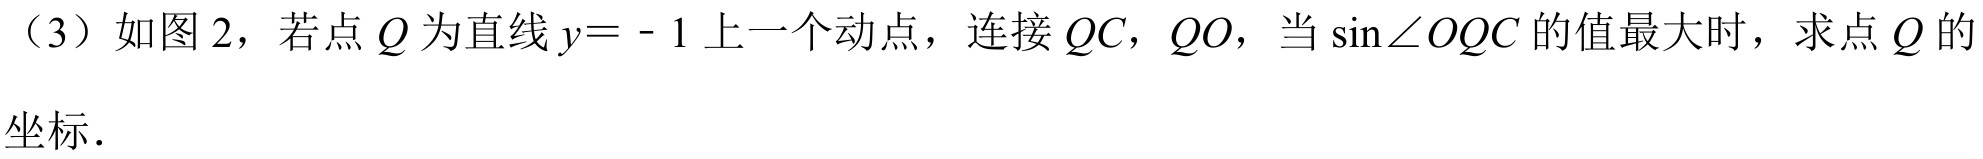
（3）如图 2，若点\(Q\)为直线\(y = - 1\)上一个动点，连接\(QC\)，\(QO\)，当\(\sin\angle OQC\)的值最大时，求点\(Q\)的坐标．